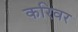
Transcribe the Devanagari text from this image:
करिवर